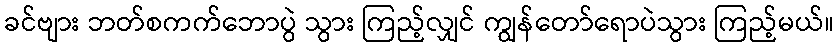
ခင်ဗျား ဘတ်စကက်ဘောပွဲ သွား ကြည့်လျှင် ကျွန်တော်ရောပဲသွား ကြည့်မယ်။